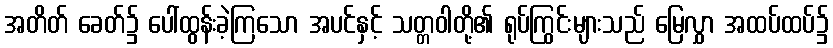
အတိတ် ခေတ်၌ ပေါ်ထွန်းခဲ့ကြသော အပင်နှင့် သတ္တဝါတို့၏ ရုပ်ကြွင်းများသည် မြေလွှာ အထပ်ထပ်၌